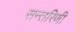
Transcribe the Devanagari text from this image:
सन्तरिणी